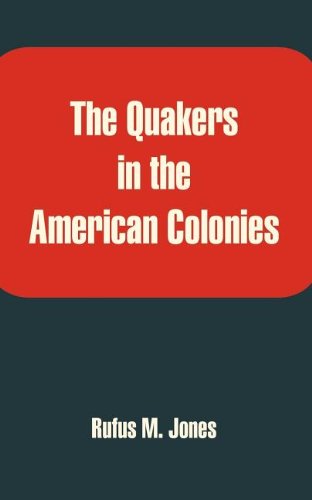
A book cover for Quakers in the American Colonies, The; Rufus M. Jones; Christian Books & Bibles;